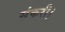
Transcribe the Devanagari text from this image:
संकरी।